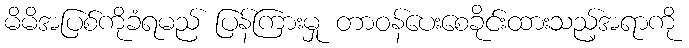
မိမိအပြစ်ကိုခံရမည် ပြန်ကြားမှု တာဝန်ပေးစေခိုင်းထားသည့်အရာကို